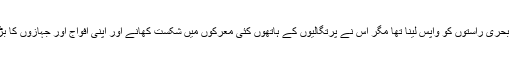
امیر البحر علی رئیس کا مشن تو بصرہ سے قاہرہ تک مختلف بحری راستوں کو واپس لینا تھا مگر اس نے پرتگالیوں کے ہاتھوں کئی معرکوں میں شکست کھانے اور اپنی افواج اور جہازوں کا بڑا حصہ گنوانے کے بعد بھارت کے مغربی ساحل پر پناہ لی۔